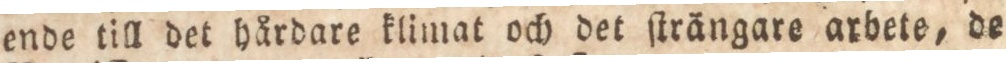
ende till det hårdare klimat och det ſträngare arbete, de